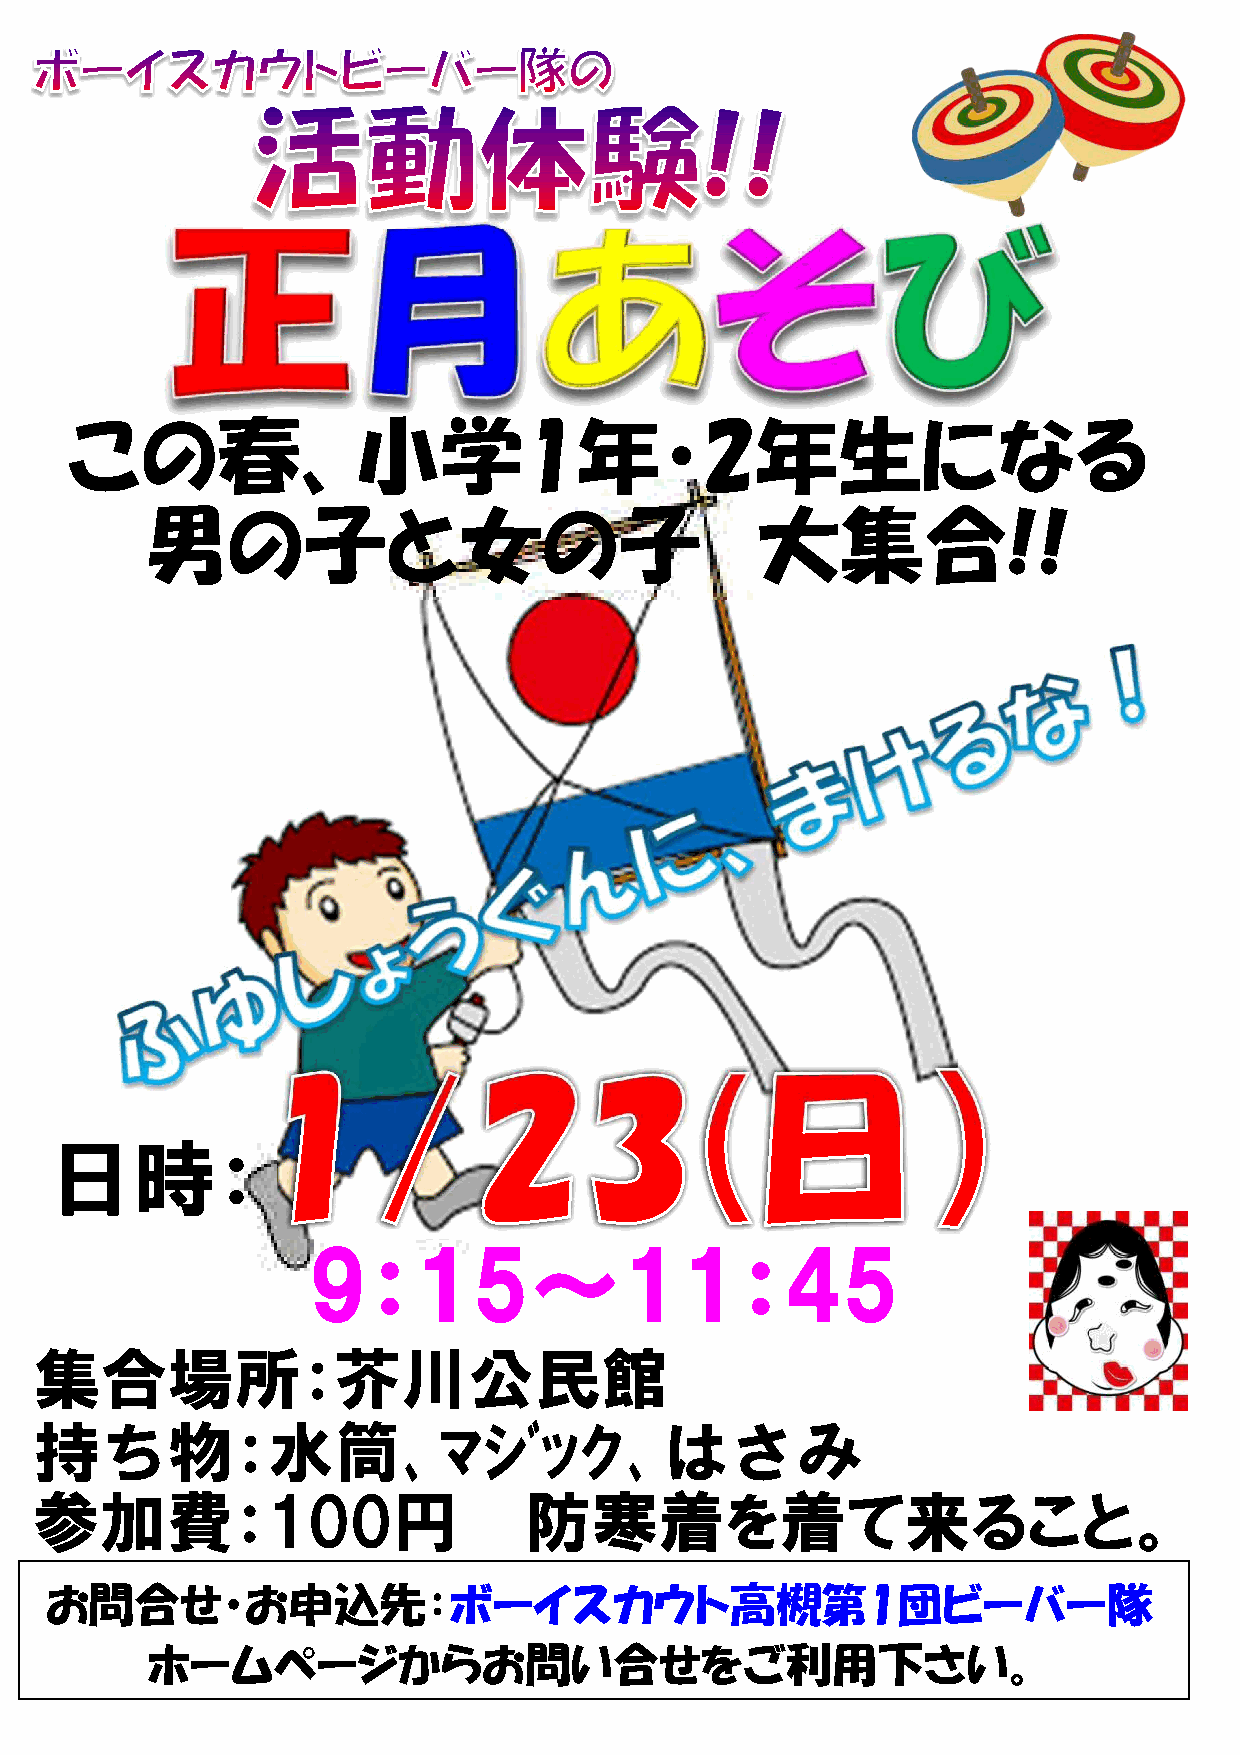
この春、小学1年・2年生になる
 男の子と女の子                                 大集合!!
 日時：
 9：15〜11：45
 集合場所：芥川公民館
 持ち物：水筒､ﾏｼﾞｯｸ､はさみ
 参加費：100円                         防寒着を着て来ること。
 お問合せ・お申込先：ボーイスカウト高槻第1団ビーバー隊
 ホームページからお問い合せをご利用下さい。